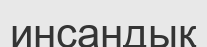
инсандық